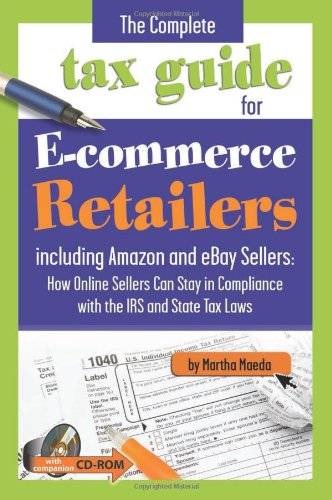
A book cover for The Complete Tax Guide for E-commerce Retailers including Amazon and eBay Sellers: How Online Sellers Can Stay in Compliance with the IRS and State Tax Laws -  With Companion CD-ROM; Martha Maeda; Computers & Technology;